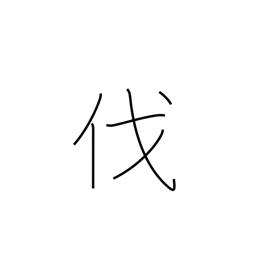
Meaning: strike